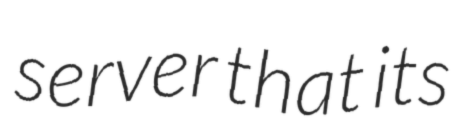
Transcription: server that its